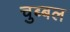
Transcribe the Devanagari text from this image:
चुब्बल